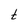
Character: t